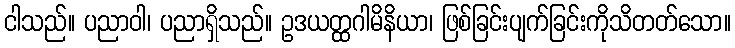
ငါသည်။ ပညာဝါ၊ ပညာရှိသည်။ ဥဒယတ္ထဂါမိနိယာ၊ ဖြစ်ခြင်းပျက်ခြင်းကိုသိတတ်သော။